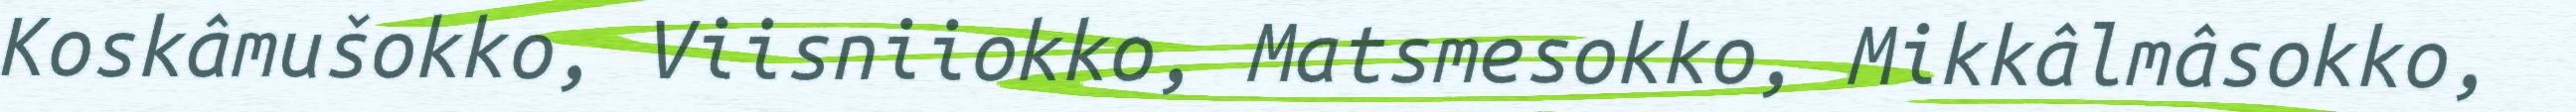
Koskâmušokko, Viisniiokko, Matsmesokko, Mikkâlmâsokko,